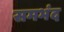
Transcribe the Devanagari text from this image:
समभंद